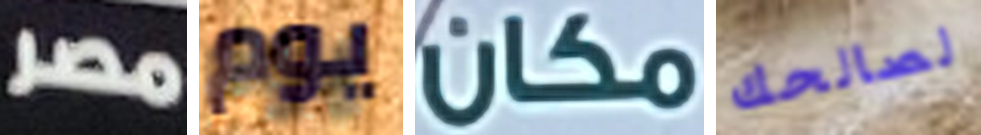
مصر يوم مكان لصالحك